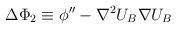
LaTeX: \begin{align*}\Delta \Phi_2\equiv \phi''-\nabla^2 U_B \nabla U_B\end{align*}